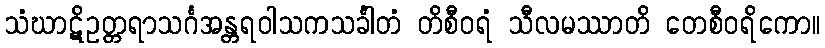
သံဃာဋိဥတ္တရာသင်္ဂအန္တရဝါသကသင်္ခါတံ တိစီဝရံ သီလမဿာတိ တေစီဝရိကော။